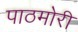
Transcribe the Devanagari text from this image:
पाठमोरी